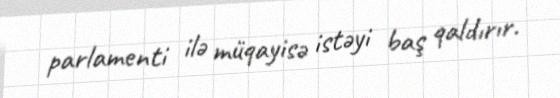
parlamenti ilə müqayisə istəyi baş qaldırır.